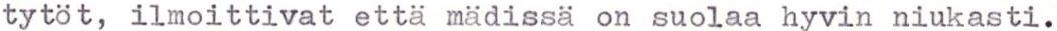
tytöt, ilmoittivat että mädissä on suolaa hyvin niukasti.